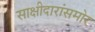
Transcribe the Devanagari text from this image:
साक्षीदारांसमोर